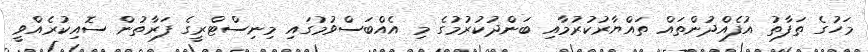
މަހުގެ ތަފާތު އުފެއްދުންތައް ތައްޔާރުކުރުމާއި ބަންދުކުރުމުގެ މި އެއްބަސްވުމުގައި މިނިސްޓްރީގެ ފަރާތުން ސޮއިކުރެއްވީ